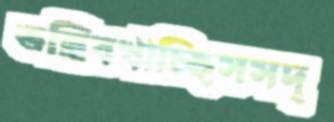
তন্নিবখাচ্ছিসসদ্